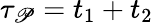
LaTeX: \tau_{\mathscr{P}}=t_{1}+t_{2}